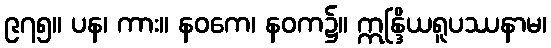
၉၇၅။ ပန၊ ကား။ နဝကေ၊ နဝက၌။ ဣန္ဒြိယရူပဿနာမ၊